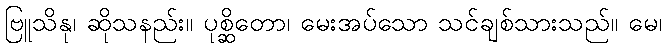
ဗြူသိနု၊ ဆိုသနည်း။ ပုစ္ဆိတော၊ မေးအပ်သော သင်ချစ်သားသည်။ မေ၊